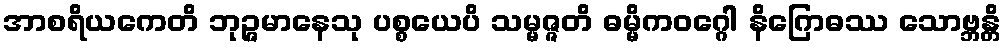
အာစရိယကေတိ ဘုဉ္ဇမာနေသု ပစ္စယေပိ သမ္မဇ္ဇတိ ဓမ္မိကဝဂ္ဂေါ နိဂြောဓဿ သောဗ္ဘန္တိ